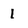
Character: I